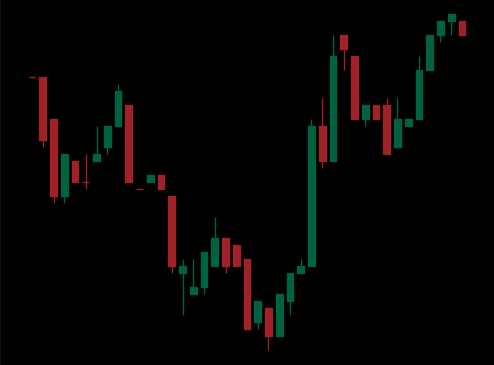
Pattern: inverse_head_shoulders